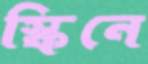
স্কিনে